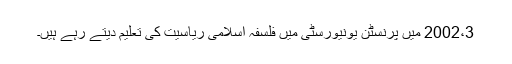
2002،3 میں پرنسٹن یونیورسٹی میں فلسفہ اسلامی ریاسیت کی تعلیم دیتے رہے ہیں۔